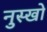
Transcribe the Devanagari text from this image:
नुस्खो